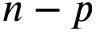
n - p